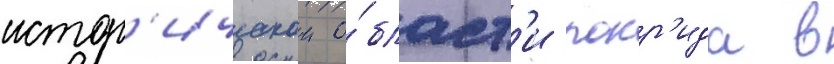
истор'ическои о́бласт'и локр'ида в